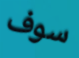
سوف